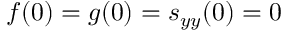
f ( 0 ) = g ( 0 ) = s _ { y y } ( 0 ) = 0